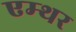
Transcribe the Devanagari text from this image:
एम्थर